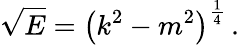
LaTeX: {\sqrt{E}}=\left(k^{2}-m^{2}\right)^{\frac{1}{4}}\, .